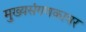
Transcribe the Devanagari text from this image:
मुख्यसंगणकावर